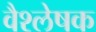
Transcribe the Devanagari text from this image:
वैश्लेषक